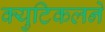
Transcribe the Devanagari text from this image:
क्युटिकलने